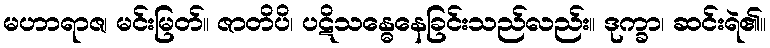
မဟာရာဇ၊ မင်းမြတ်။ ဇာတိပိ၊ ပဋိသန္ဓေနေခြင်းသည်လည်း။ ဒုက္ခာ၊ ဆင်းရဲ၏။